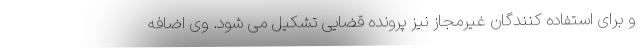
و برای استفاده کنندگان غیرمجاز نیز پرونده قضایی تشکیل می شود. وی اضافه